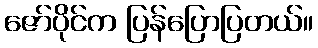
ဇော်ပိုင်က ပြန်ပြောပြတယ်။